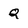
Character: Q